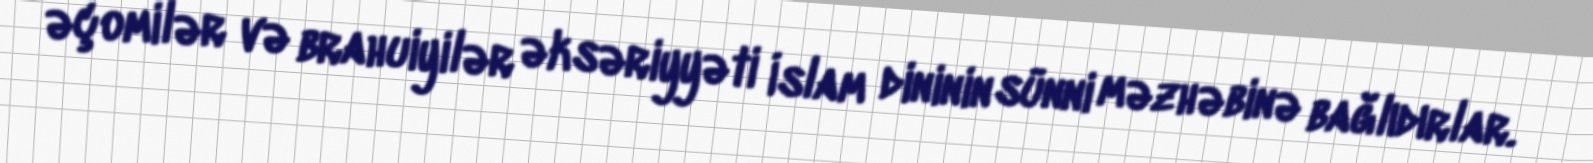
əçomilər və brahuiyilər əksəriyyəti İslam dininin sünni məzhəbinə bağlıdırlar.